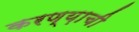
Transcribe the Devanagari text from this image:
करण्य़ाची